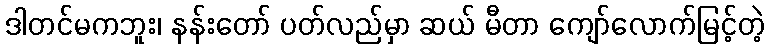
ဒါတင်မကဘူး၊ နန်းတော် ပတ်လည်မှာ ဆယ် မီတာ ကျော်လောက်မြင့်တဲ့